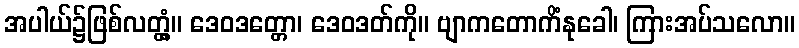
အပါယ်၌ဖြစ်လတ္တံ့။ ဒေဝဒတ္တော၊ ဒေဝဒတ်ကို။ ဗျာကတောကိံနုခေါ၊ ကြားအပ်သလော။